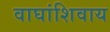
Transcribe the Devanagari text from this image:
वाघांशिवाय